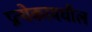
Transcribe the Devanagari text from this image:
प्रत्येकामधील